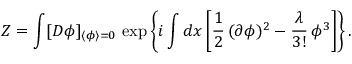
Z = \int [ { \cal D } \phi ] _ { \langle \phi \rangle = 0 } \, \exp \left\{ i \int d x \left[ \frac { 1 } { 2 } \, ( \partial \phi ) ^ { 2 } - \frac { \lambda } { 3 ! } \, \phi ^ { 3 } \right] \right\} .